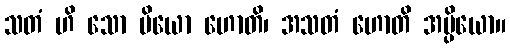
သတံ ဟိ သော ပိယော ဟောတိ၊ အသတံ ဟောတိ အပ္ပိယော။